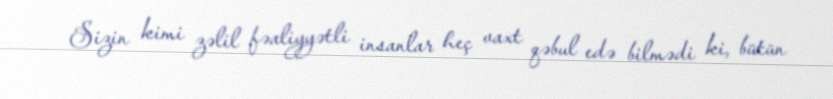
Sizin kimi zəlil fəaliyyətli insanlar heç vaxt qəbul edə bilmədi ki, bütün